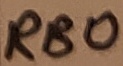
Text: RB0